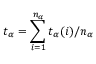
t _ { \alpha } = \sum _ { i = 1 } ^ { n _ { \alpha } } t _ { \alpha } ( i ) / n _ { \alpha }